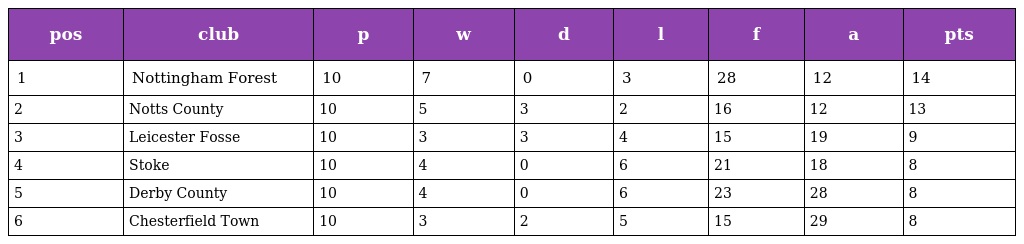
| pos | club | p | w | d | l | f | a | pts |
 | --- | --- | --- | --- | --- | --- | --- | --- | --- |
 | 1 | Nottingham Forest | 10 | 7 | 0 | 3 | 28 | 12 | 14 |
 | 2 | Notts County | 10 | 5 | 3 | 2 | 16 | 12 | 13 |
 | 3 | Leicester Fosse | 10 | 3 | 3 | 4 | 15 | 19 | 9 |
 | 4 | Stoke | 10 | 4 | 0 | 6 | 21 | 18 | 8 |
 | 5 | Derby County | 10 | 4 | 0 | 6 | 23 | 28 | 8 |
 | 6 | Chesterfield Town | 10 | 3 | 2 | 5 | 15 | 29 | 8 |